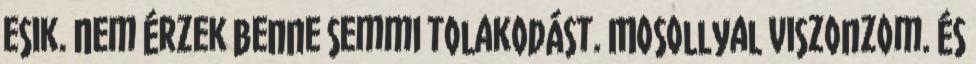
esik. Nem érzek benne semmi tolakodást. Mosollyal viszonzom. És